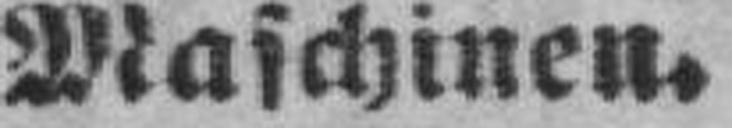
Maschinen.